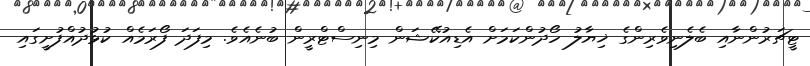
ޓީޗަރުންނާއި ބެލެނިވެރިންގެ ޚިޔާލު ހޯދުންކަމަށް އެޑިއުކޭޝަން މިނިސްޓްރީން ބުނެއެވެ. މިފަދަ ފޯރަމެއް ކުޅުދުއްފުށީގައި